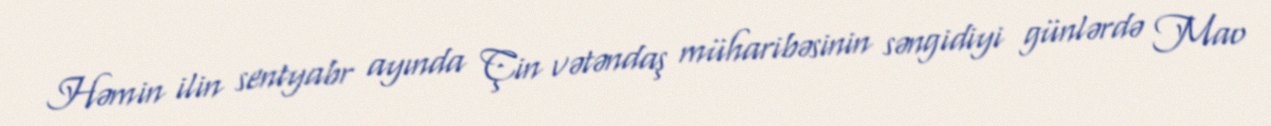
Həmin ilin sentyabr ayında Çin vətəndaş müharibəsinin səngidiyi günlərdə Mao